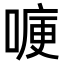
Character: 𭉶